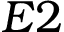
E 2